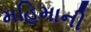
મહિમાની